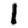
Digit: 1